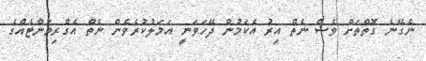
ނެގޭނެ ގޮތްތަށް ވެސް ނެތް އިރު އެކަމުން ދޭހަވަނީ އަމަލުކުރެވެން ނެތް އެގްރިމަންޓެއްގެ